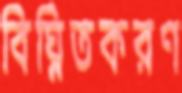
বিঘ্নিতকরণ